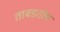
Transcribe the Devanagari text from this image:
ताबडतोप